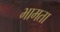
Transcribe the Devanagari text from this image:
भामता